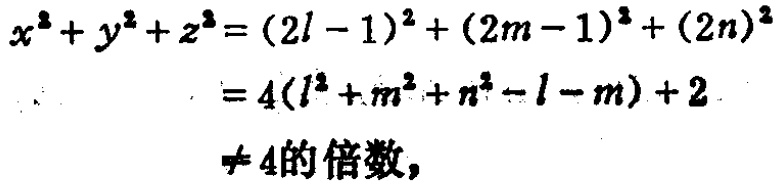
\[

\begin{align*}

x^{2}+y^{2}+z^{2}&=(2l - 1)^{2}+(2m - 1)^{2}+(2n)^{2}\\

&=4(l^{2}+m^{2}+n^{2}-l - m)+2\\

&\neq\text{4的倍数},

\end{align*}

\]